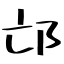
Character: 邙